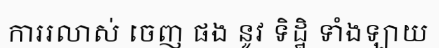
ការរលាស់ ចេញ ផង នូវ ទិដ្ឋិ ទាំងឡាយ